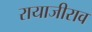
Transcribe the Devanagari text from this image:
रायाजीराव